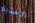
الاحذية